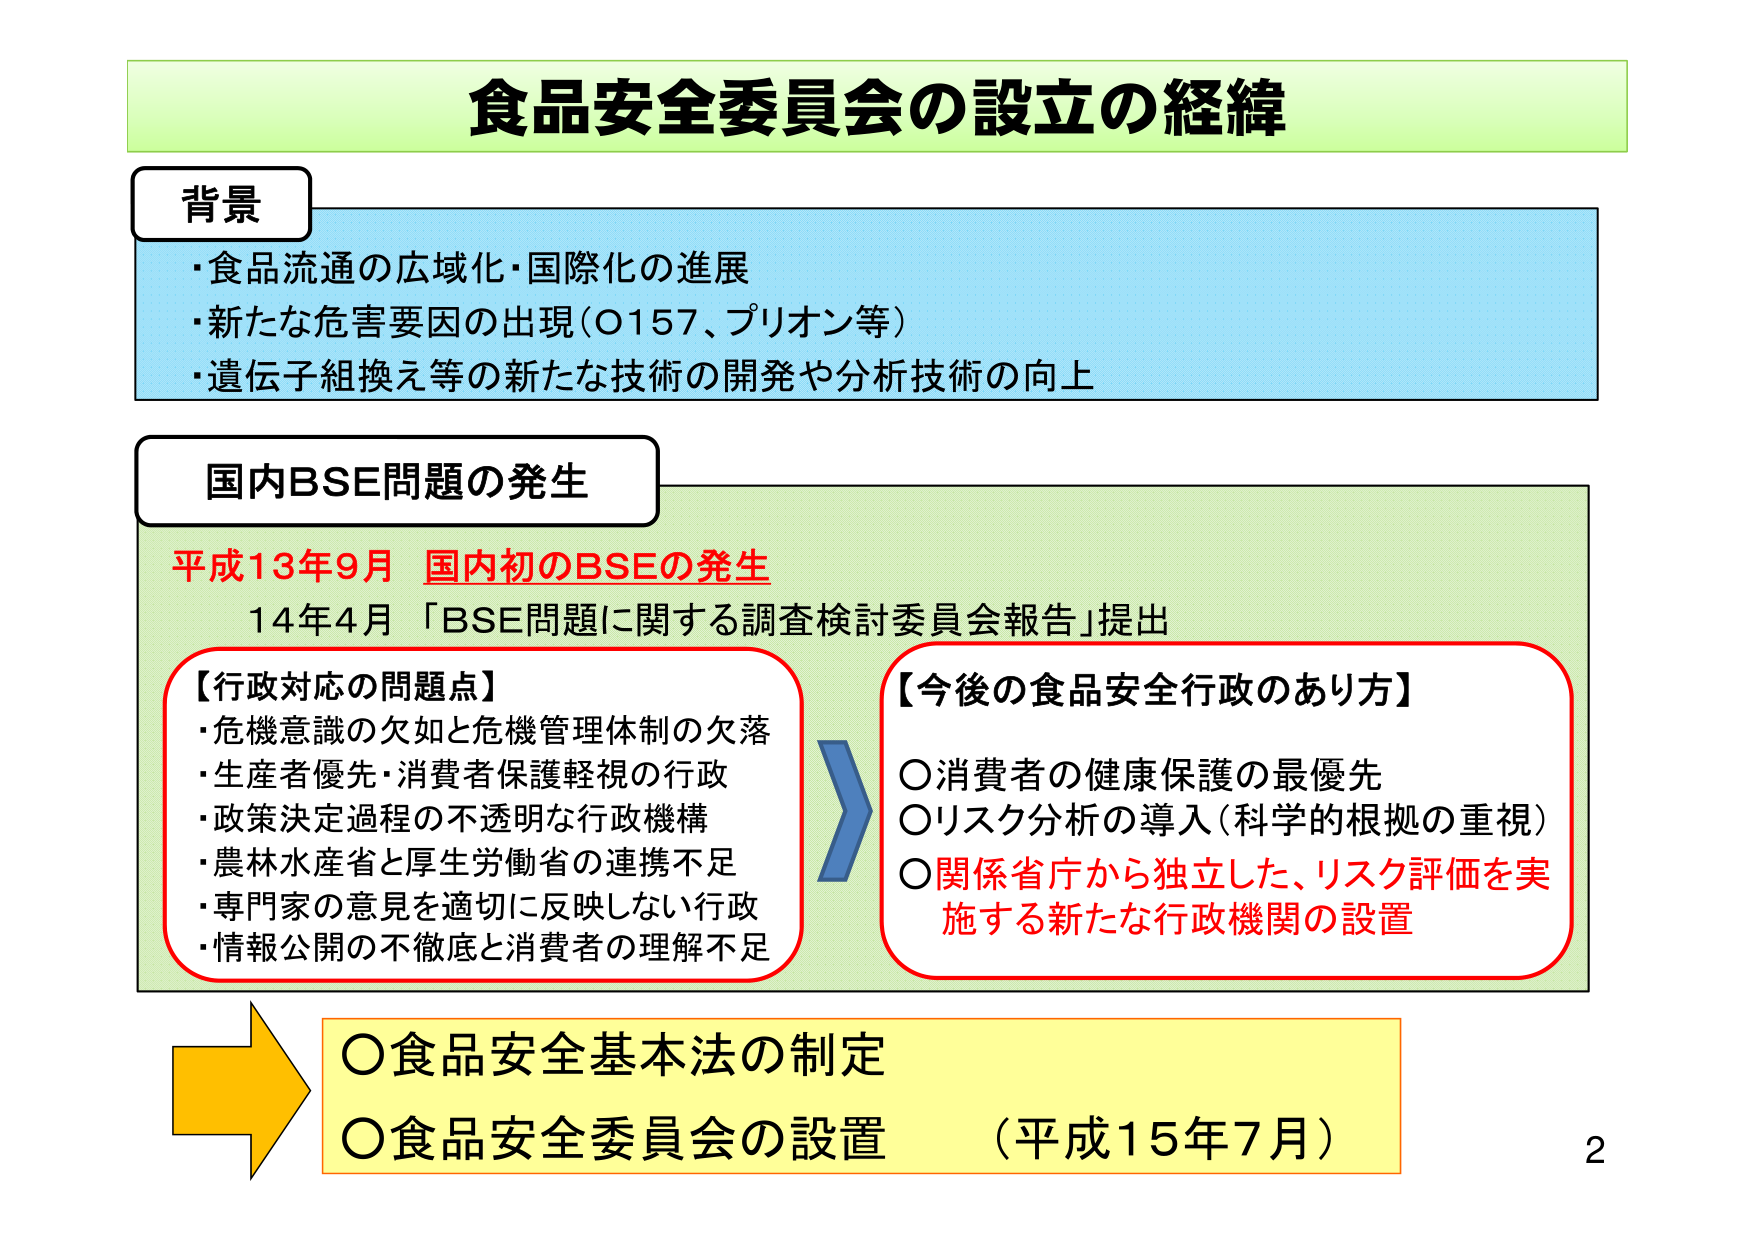
食品安全委員会の設立の経緯

背景
・食品流通の広域化・国際化の進展
・新たな危害要因の出現（O157、プリオン等）
・遺伝子組換え等の新たな技術の開発や分析技術の向上

国内BSE問題の発生
平成13年9月 国内初のBSEの発生
14年4月 「BSE問題に関する調査検討委員会報告」提出

【行政対応の問題点】
・危機意識の欠如と危機管理体制の欠落
・生産者優先・消費者保護軽視の行政
・政策決定過程の不透明な行政機構
・農林水産省と厚生労働省の連携不足
・専門家の意見を適切に反映しない行政
・情報公開の不徹底と消費者の理解不足

【今後の食品安全行政のあり方】
○消費者の健康保護の最優先
○リスク分析の導入（科学的根拠の重視）
○関係省庁から独立した、リスク評価を実施する新たな行政機関の設置

○食品安全基本法の制定
○食品安全委員会の設置 （平成15年7月）

2